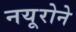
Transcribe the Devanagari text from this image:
नयूरोने